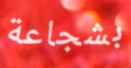
بشجاعة